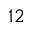
^ { 1 2 }